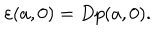
\varepsilon ( a , 0 ) = D p ( a , 0 ) .